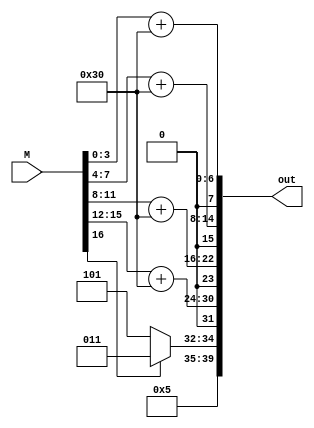
module convertInt_Str(M,out);
input [17:1] M;
output   [8*5:1]out;
assign out[8:1]=M[4:1]+48;
assign out[16:9]=M[8:5]+48;
assign out[24:17]=M[12:9]+48;
assign out[32:25]=M[16:13]+48;
assign out[40:33]=(M[17]==0)?45:43;
endmodule